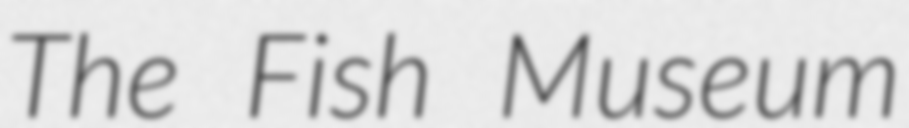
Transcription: The Fish Museum